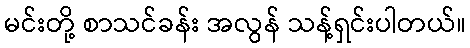
မင်းတို့ စာသင်ခန်း အလွန် သန့်ရှင်းပါတယ်။